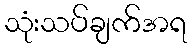
သုံးသပ်ချက်အရ